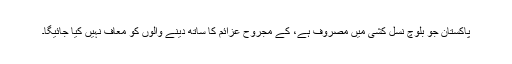
پاکستان جو بلوچ نسل کشی میں مصروف ہے، کے مجروح عزائم کا ساتھ دینے والوں کو معاف نہیں کیا جائیگا۔